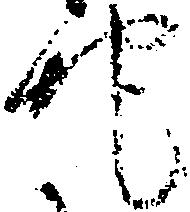
地